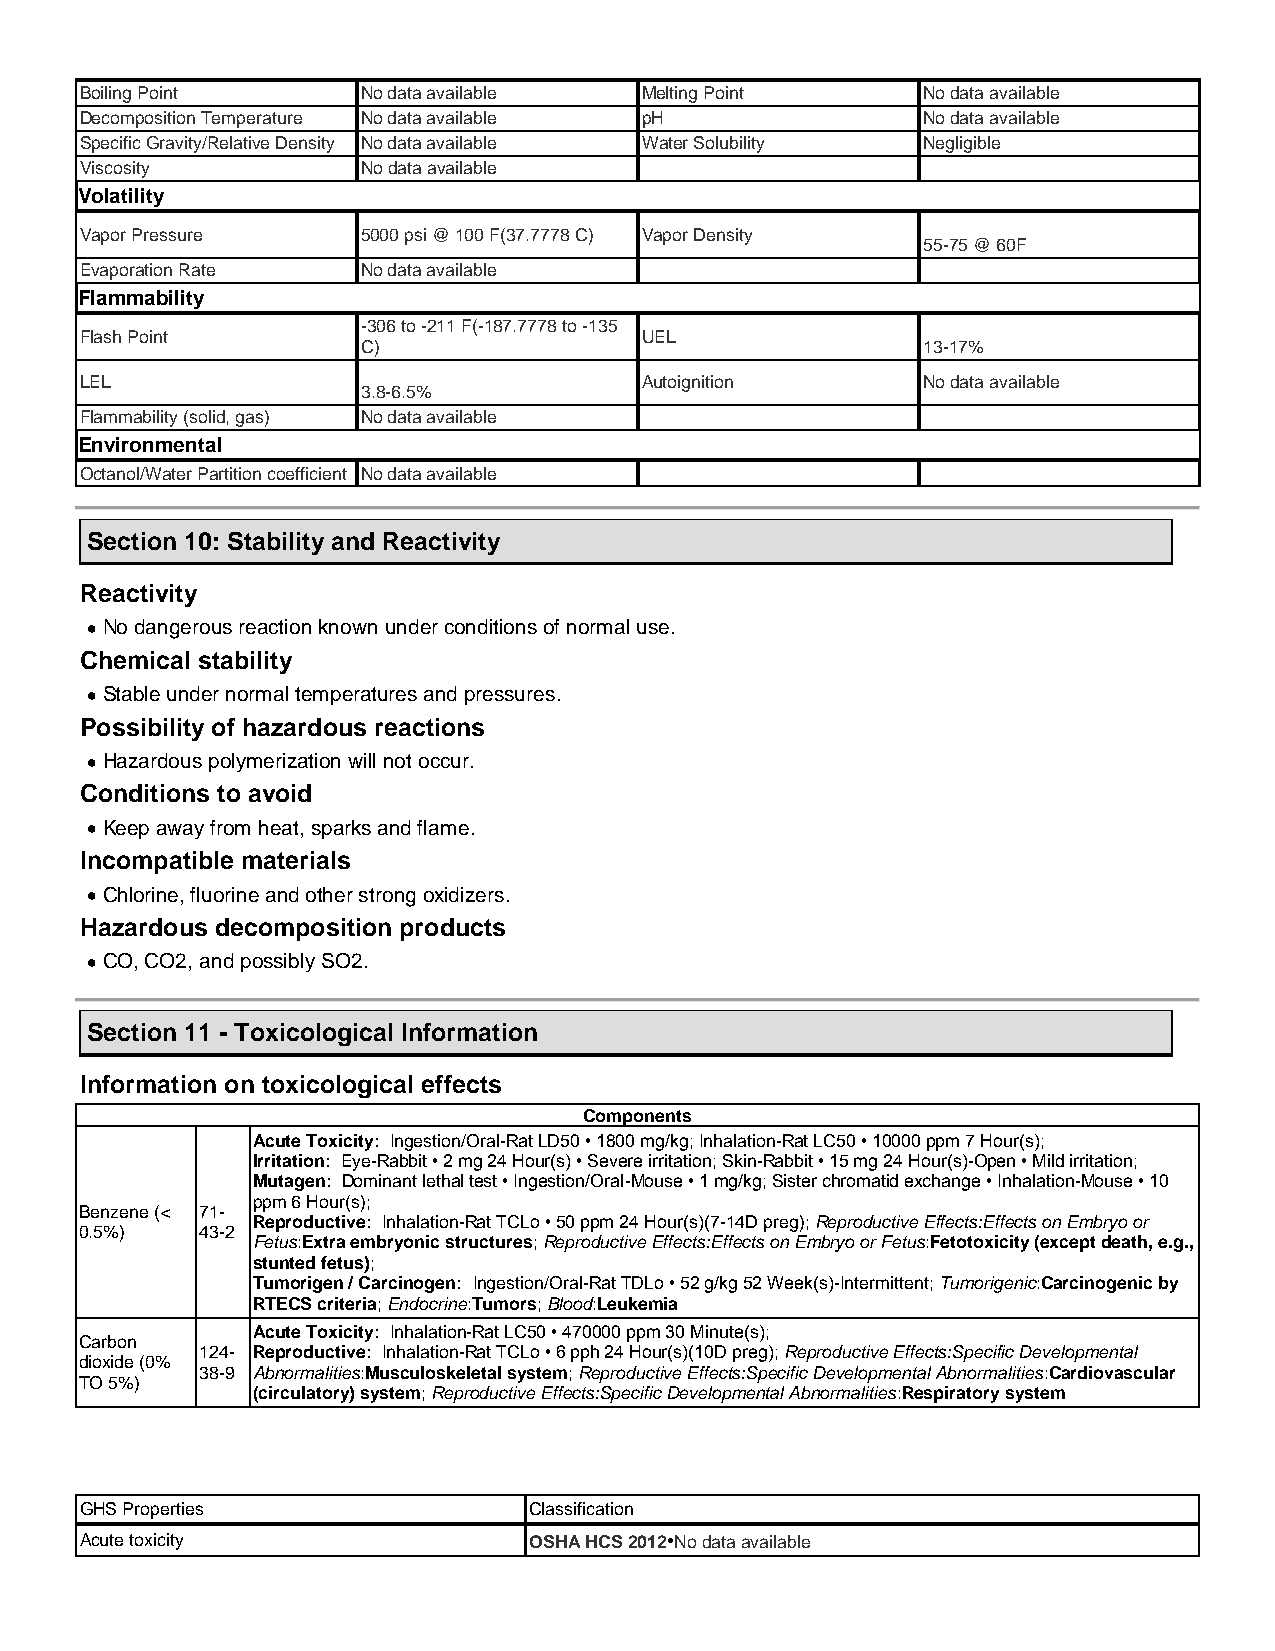
Boiling Point      No data available Melting Point      No data available
 Decomposition Temperature No data available pH          No data available
 Specific Gravity/Relative Density No data available Water Solubility Negligible
 Viscosity          No data available
 Volatility
 Vapor Pressure     5000 psi @ 100 F(37.7778 C) Vapor Density
 55-75 @ 60F
 Evaporation Rate   No data available
 Flammability
 -306 to -211 F(-187.7778 to -135
 Flash Point                          UEL
 C)                                   13-17%
 LEL                                  Autoignition       No data available
 3.8-6.5%
 Flammability (solid, gas) No data available
 Environmental
 Octanol/Water Partition coefficient No data available
 Section 10: Stability and Reactivity
 Reactivity
  N o dangerous reaction known under conditions of normal use.
 Chemical stability
  S table under normal temperatures and pressures.
 Possibility of hazardous reactions
  H azardous polymerization will not occur.
 Conditions to avoid
  K eep away from heat, sparks and flame.
 Incompatible materials
  C hlorine, fluorine and other strong oxidizers.
 Hazardous decomposition products
  C O, CO2, and possibly SO2.
 Section 11 - Toxicological Information
 Information on toxicological effects
 Components
 Acute Toxicity: Ingestion/Oral-Rat LD50 • 1800 mg/kg; Inhalation-Rat LC50 • 10000 ppm 7 Hour(s);
 Irritation: Eye-Rabbit • 2 mg 24 Hour(s) • Severe irritation; Skin-Rabbit • 15 mg 24 Hour(s)-Open • Mild irritation;
 Mutagen: Dominant lethal test • Ingestion/Oral-Mouse • 1 mg/kg; Sister chromatid exchange • Inhalation-Mouse • 10
 ppm 6 Hour(s);
 Benzene (< 71-
 Reproductive: Inhalation-Rat TCLo • 50 ppm 24 Hour(s)(7-14D preg); Reproductive Effects:Effects on Embryo or
 0.5%)   43-2
 Fetus:Extra embryonic structures; Reproductive Effects:Effects on Embryo or Fetus:Fetotoxicity (except death, e.g.,
 stunted fetus);
 Tumorigen / Carcinogen: Ingestion/Oral-Rat TDLo • 52 g/kg 52 Week(s)-Intermittent; Tumorigenic:Carcinogenic by
 RTECS criteria; Endocrine:Tumors; Blood:Leukemia
 Acute Toxicity: Inhalation-Rat LC50 • 470000 ppm 30 Minute(s);
 Carbon
 124- Reproductive: Inhalation-Rat TCLo • 6 pph 24 Hour(s)(10D preg); Reproductive Effects:Specific Developmental
 dioxide (0%
 38-9 Abnormalities:Musculoskeletal system; Reproductive Effects:Specific Developmental Abnormalities:Cardiovascular
 TO 5%)
 (circulatory) system; Reproductive Effects:Specific Developmental Abnormalities:Respiratory system
 GHS Properties                Classification
 Acute toxicity                OSHA HCS 2012•No data available